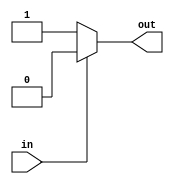
module CMOS_NOT (
    input wire in,
    output reg out
);

reg nmos_gate;
reg pmos_gate;

assign nmos_gate = 1'b1;
assign pmos_gate = 1'b0;

always @(*) begin
    if (in == 1'b0)
        out = 1'b1;
    else
        out = 1'b0;
end

endmodule